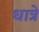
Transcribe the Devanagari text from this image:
धात्रे